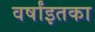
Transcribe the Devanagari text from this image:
वर्षांइतका